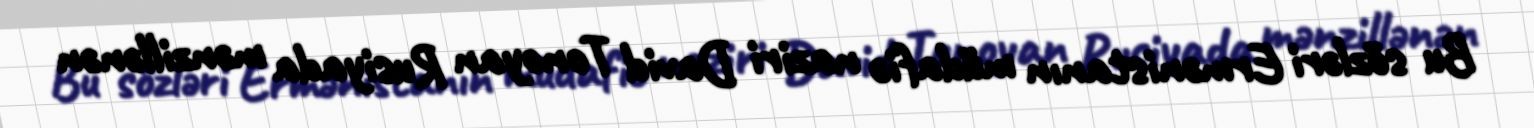
Bu sözləri Ermənistanın müdafiə naziri David Tonoyan Rusiyada mənzillənən